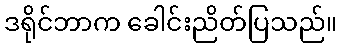
ဒရိုင်ဘာက ခေါင်းညိတ်ပြသည်။